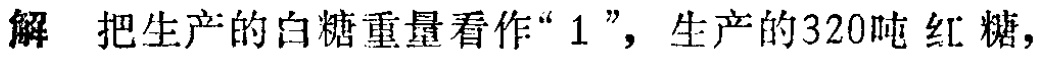
解 把生产的白糖重量看作“$1$”，生产的$320$吨红糖，